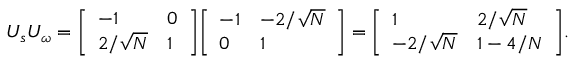
U _ { s } U _ { \omega } = { \left[ \begin{array} { l l } { - 1 } & { 0 } \\ { 2 / { \sqrt { N } } } & { 1 } \end{array} \right] } { \left[ \begin{array} { l l } { - 1 } & { - 2 / { \sqrt { N } } } \\ { 0 } & { 1 } \end{array} \right] } = { \left[ \begin{array} { l l } { 1 } & { 2 / { \sqrt { N } } } \\ { - 2 / { \sqrt { N } } } & { 1 - 4 / N } \end{array} \right] } .